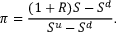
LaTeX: \pi = { \frac { ( 1 + R ) S - S ^ { d } } { S ^ { u } - S ^ { d } } } .